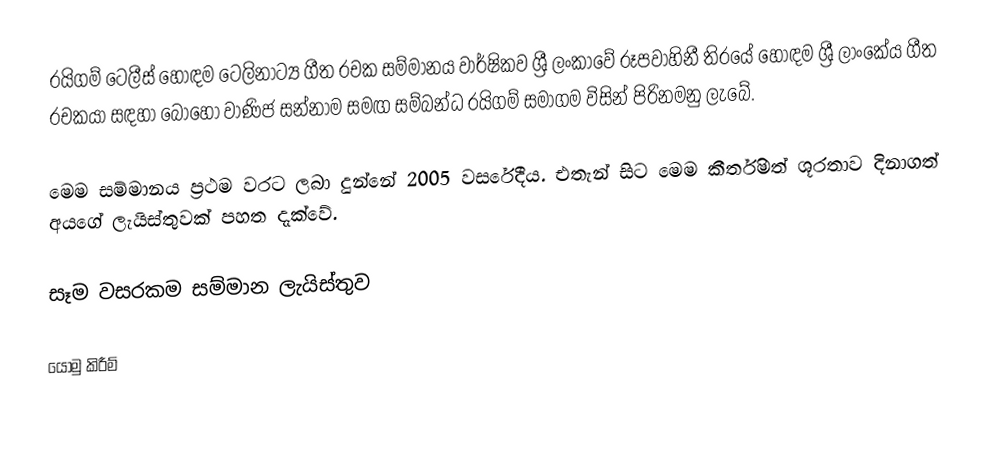
රයිගම් ටෙලීස් හොඳම ටෙලිනාට්‍ය ගීත රචක සම්මානය වාර්ෂිකව ශ්‍රී ලංකාවේ රූපවාහිනී තිරයේ හොඳම ශ්‍රී ලාංකේය ගීත රචකයා සඳහා බොහෝ වාණිජ සන්නාම සමඟ සම්බන්ධ රයිගම් සමාගම විසින් පිරිනමනු ලැබේ.

මෙම සම්මානය ප්‍රථම වරට ලබා දුන්නේ 2005 වසරේදීය. එතැන් සිට මෙම කීර්තිමත් ශූරතාව දිනාගත් අයගේ ලැයිස්තුවක් පහත දැක්වේ.

සෑම වසරකම සම්මාන ලැයිස්තුව

යොමු කිරීම්